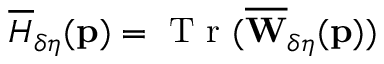
\overline { { H } } _ { \delta \eta } ( \mathbf { p } ) = \mathrm { ~ T ~ r ~ } ( \overline { { \mathbf { W } } } _ { \delta \eta } ( \mathbf { p } ) )